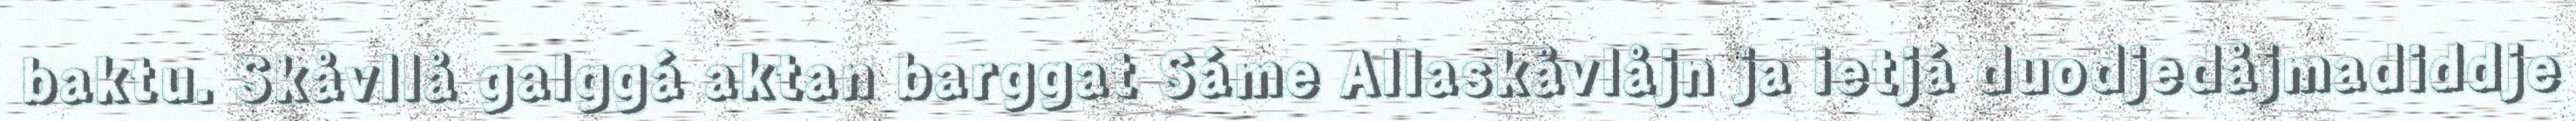
baktu. Skåvllå galggá aktan barggat Sáme Allaskåvlåjn ja ietjá duodjedåjmadiddje